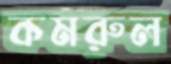
কমরুল